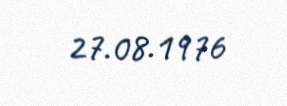
27.08.1976